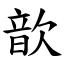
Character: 歆